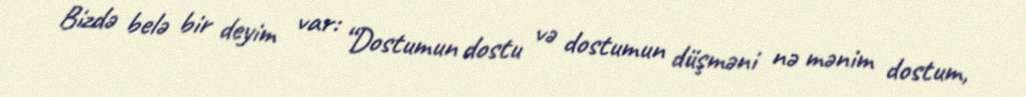
Bizdə belə bir deyim var: “Dostumun dostu və dostumun düşməni nə mənim dostum,